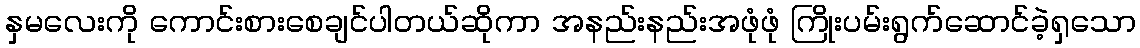
နှမလေးကို ကောင်းစားစေချင်ပါတယ်ဆိုကာ အနည်းနည်းအဖုံဖုံ ကြိုးပမ်းရွက်ဆောင်ခဲ့ရှသော